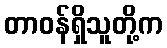
တာဝန်ရှိသူတို့က